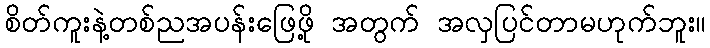
စိတ်ကူးနဲ့တစ်ညအပန်းဖြေဖို့ အတွက် အလှပြင်တာမဟုက်ဘူး။